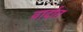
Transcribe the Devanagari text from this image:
वार्दात